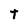
Character: T